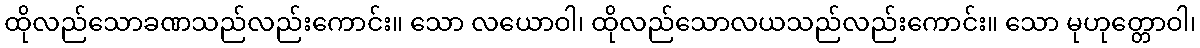
ထိုလည်သောခဏသည်လည်းကောင်း။ သော လယောဝါ၊ ထိုလည်သောလယသည်လည်းကောင်း။ သော မုဟုတ္တောဝါ၊